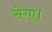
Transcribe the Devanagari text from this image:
सेगा।